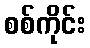
စစ်ကိုင်း